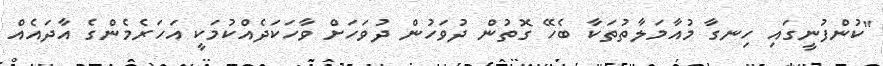
"ކުންފުނީގައި ހިނގާ މުއާމަލާތުތަކާ ބެހޭ ގޮތުން ދުވަހުން ދުވަހަށް ވާހަކަދެއްކުމަކީ އަހަރެމެންގެ އާދައެއް